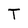
Character: T